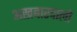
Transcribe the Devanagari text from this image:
अखबारवालो